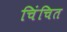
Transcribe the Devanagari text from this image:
चिंचित